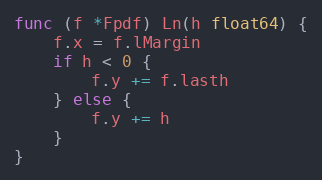
Language: Go
func (f *Fpdf) Ln(h float64) {
	f.x = f.lMargin
	if h < 0 {
		f.y += f.lasth
	} else {
		f.y += h
	}
}